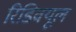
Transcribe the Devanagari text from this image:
रिडिवयूल